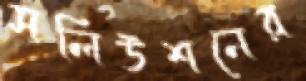
সলিউশনের